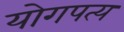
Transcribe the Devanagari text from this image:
योगपत्य